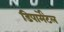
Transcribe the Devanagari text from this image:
डिपार्मेंटल